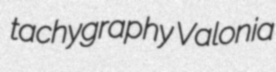
tachygraphy Valonia